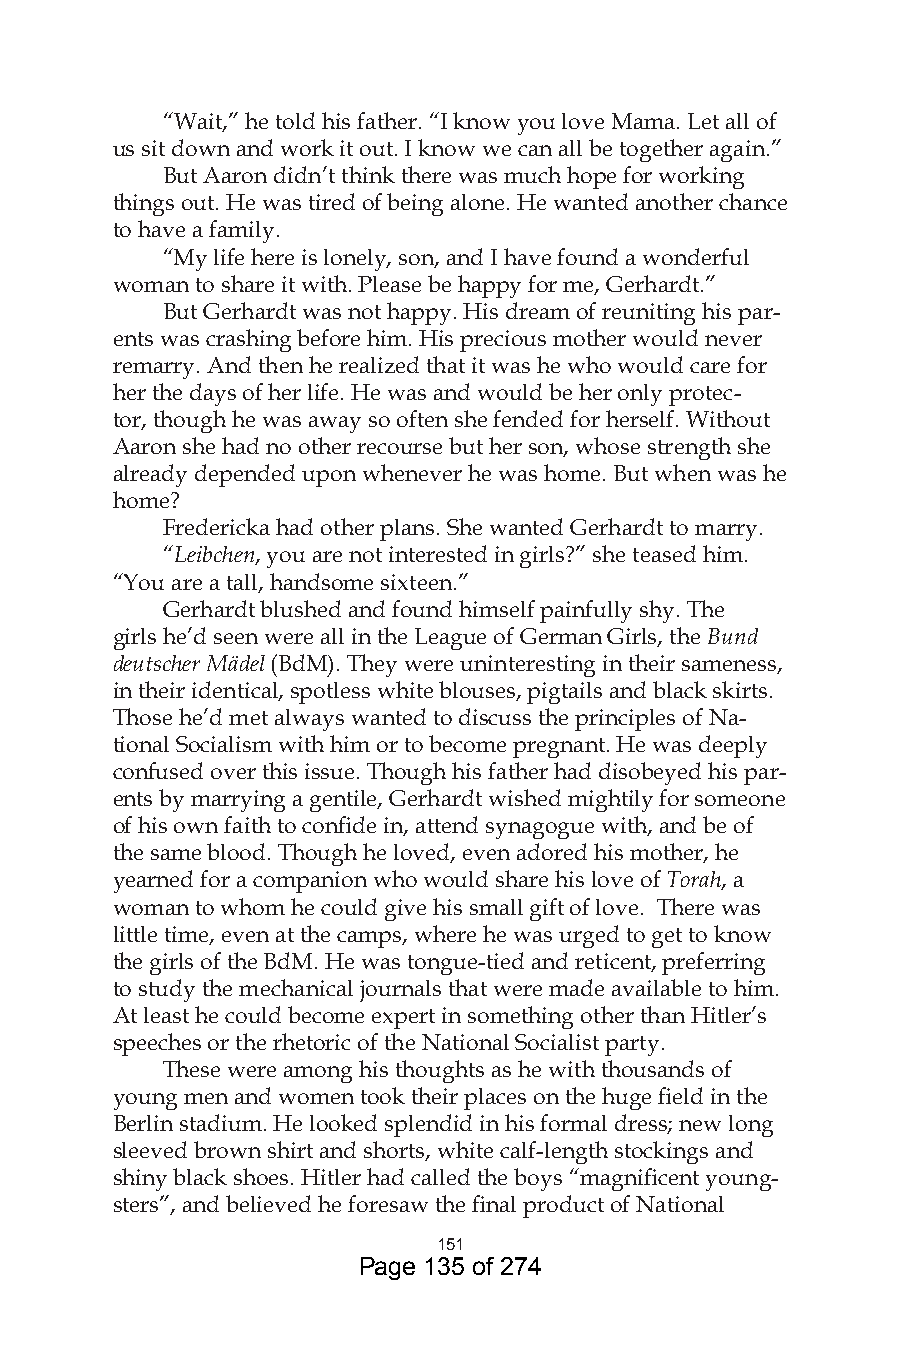
“Wait,” he told his father. “I know you love Mama. Let all of
 us sit down and work it out. I know we can all be together again.”
 But Aaron didn’t think there was much hope for working
 things out. He was tired of being alone. He wanted another chance
 to have a family.
 “My life here is lonely, son, and I have found a wonderful
 woman to share it with. Please be happy for me, Gerhardt.”
 But Gerhardt was not happy. His dream of reuniting his par-
 ents was crashing before him. His precious mother would never
 remarry. And then he realized that it was he who would care for
 her the days of her life. He was and would be her only protec-
 tor, though he was away so often she fended for herself. Without
 Aaron she had no other recourse but her son, whose strength she
 already depended upon whenever he was home. But when was he
 home?
 Fredericka had other plans. She wanted Gerhardt to marry.
 “Leibchen, you are not interested in girls?” she teased him.
 “You are a tall, handsome sixteen.”
 Gerhardt blushed and found himself painfully shy. The
 girls he’d seen were all in the League of German Girls, the Bund
 deutscher Mädel (BdM). They were uninteresting in their sameness,
 in their identical, spotless white blouses, pigtails and black skirts.
 Those he’d met always wanted to discuss the principles of Na-
 tional Socialism with him or to become pregnant. He was deeply
 confused over this issue. Though his father had disobeyed his par-
 ents by marrying a gentile, Gerhardt wished mightily for someone
 of his own faith to confide in, attend synagogue with, and be of
 the same blood. Though he loved, even adored his mother, he
 yearned for a companion who would share his love of Torah, a
 woman to whom he could give his small gift of love. There was
 little time, even at the camps, where he was urged to get to know
 the girls of the BdM. He was tongue-tied and reticent, preferring
 to study the mechanical journals that were made available to him.
 At least he could become expert in something other than Hitler’s
 speeches or the rhetoric of the National Socialist party.
 These were among his thoughts as he with thousands of
 young men and women took their places on the huge field in the
 Berlin stadium. He looked splendid in his formal dress; new long
 sleeved brown shirt and shorts, white calf-length stockings and
 shiny black shoes. Hitler had called the boys “magnificent young-
 sters”, and believed he foresaw the final product of National
 5
 Page 135 of 274